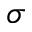
\sigma